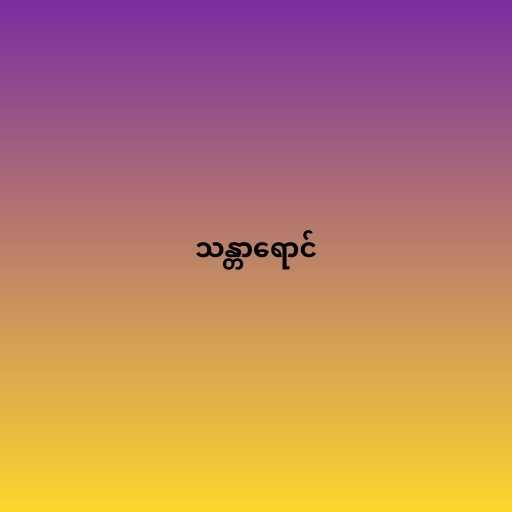
သန္တာရောင်